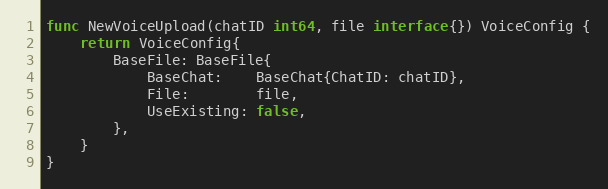
Language: Go
func NewVoiceUpload(chatID int64, file interface{}) VoiceConfig {
	return VoiceConfig{
		BaseFile: BaseFile{
			BaseChat:    BaseChat{ChatID: chatID},
			File:        file,
			UseExisting: false,
		},
	}
}